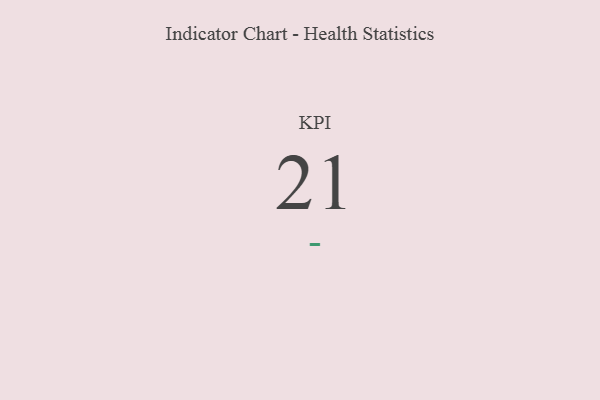
{"axis": {"x": "KPI", "y": "Value"}, "legend": [""], "data": [{"x": "KPI", "y": 21, "type": ""}]}